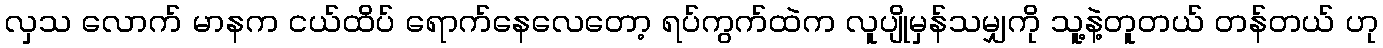
လှသ လောက် မာနက ငယ်ထိပ် ရောက်နေလေတော့ ရပ်ကွက်ထဲက လူပျိုမှန်သမျှကို သူ့နဲ့တူတယ် တန်တယ် ဟု